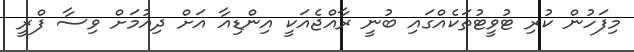
މިފަހުން ކުރި ޓުވީޓުތަކެއްގައި ބުނީ ރާއްޖެއަކީ އިންޑިއާ އަށް ދިއުމަށް ވިސާ ފްރީ